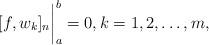
LaTeX: \begin{align*}[f,w_k]_n\bigg|_a^b=0, k=1,2,\dots,m ,\end{align*}